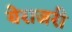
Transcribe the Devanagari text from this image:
येराजरी